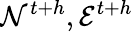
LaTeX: \mathcal{N}^{t{+}h},\mathcal{E}^{t{+}h}